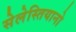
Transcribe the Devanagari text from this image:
सेलेस्तियानो